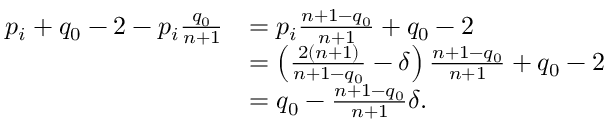
\begin{array} { r l } { p _ { i } + q _ { 0 } - 2 - p _ { i } \frac { q _ { 0 } } { n + 1 } } & { = p _ { i } \frac { n + 1 - q _ { 0 } } { n + 1 } + q _ { 0 } - 2 } \\ & { = \left( \frac { 2 ( n + 1 ) } { n + 1 - q _ { 0 } } - \delta \right) \frac { n + 1 - q _ { 0 } } { n + 1 } + q _ { 0 } - 2 } \\ & { = q _ { 0 } - \frac { n + 1 - q _ { 0 } } { n + 1 } \delta . } \end{array}